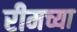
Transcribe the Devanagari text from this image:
रीमच्या